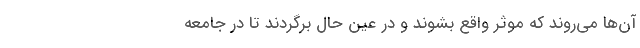
آن‌ها می‌روند که موثر واقع بشوند و در عین حال برگردند تا در جامعه